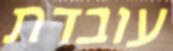
עובדת